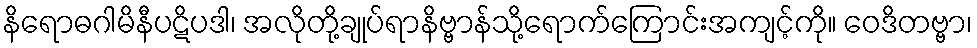
နိရောဓဂါမိနီပဋိပဒါ၊ အလိုတို့ချုပ်ရာနိဗ္ဗာန်သို့ရောက်ကြောင်းအကျင့်ကို။ ဝေဒိတဗ္ဗာ၊